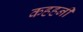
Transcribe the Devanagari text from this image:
कहहनी